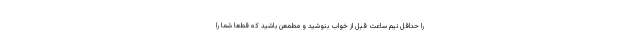
را حداقل نیم ساعت قبل از خواب بنوشید و مطمعن باشید که قطعا شما را